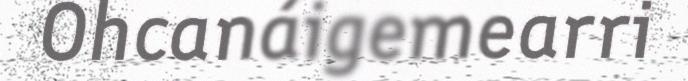
Ohcanáigemearri